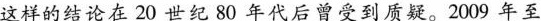
这样的结论在20世纪80年代后曾受到质疑。2009年至